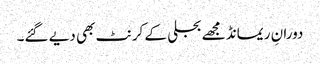
دورانِ ریمانڈ مجھے بجلی کے کرنٹ بھی دیے گئے۔